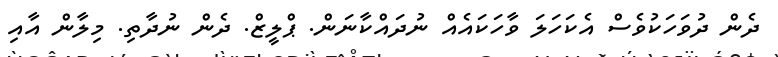
ދެން ދުވަހަކުވެސް އެކަހަލަ ވާހަކައެއް ނުދައްކާނަން. ޕްލީޒް. ދެން ނުދާތި. މިލާން އާއި